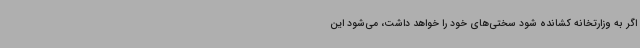
اگر به وزارتخانه کشانده شود سختی‌های خود را خواهد داشت، می‌شود این